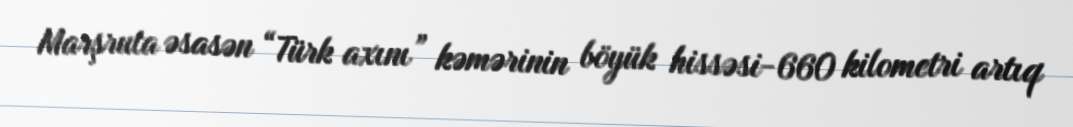
Marşruta əsasən “Türk axını” kəmərinin böyük hissəsi-660 kilometri artıq